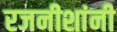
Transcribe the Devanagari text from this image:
रजनीशांनी